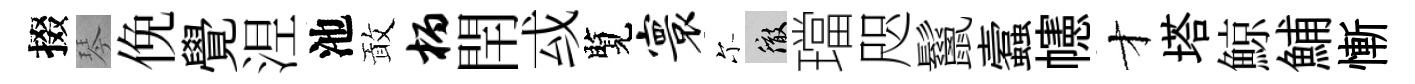
掇琴俛覺𣵀池敢柄閈㦯覽寰尓徹璫咫鬣蠧幰才塔鯨鯆慚